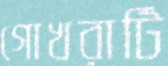
গোখরাটি